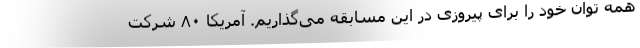
همه توان خود را برای پیروزی در این مسابقه می‌گذاریم. آمریکا ۸۰ شرکت